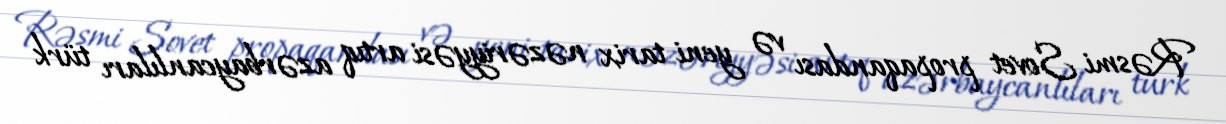
Rəsmi Sovet propaqandası və yeni tarix nəzəriyyəsi artıq azərbaycanlıları türk